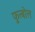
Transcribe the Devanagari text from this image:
फुत्बोल